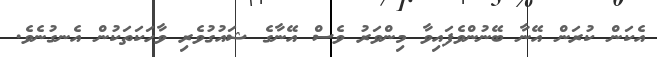
އެކަން ކުރަން އޭނާ ބޭނުންވެފައިވާ މިންވަރު ވެސް އޭނާގެ ޝައުގުވެރި ވާހަކަތަކުން އެނގުނެވެ.